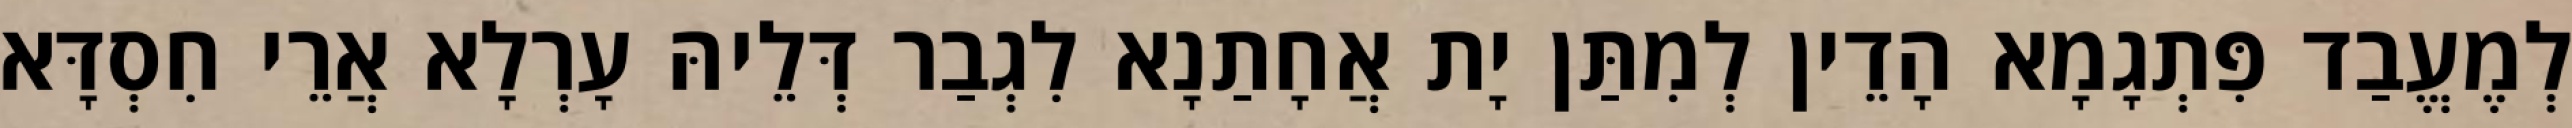
לְמֶעֱבַד פִּתְגָמָא הָדֵין לְמִתַּן יָת אֲחָתַנָא לִגְבַר דְּלֵיהּ עָרְלָא אֲרֵי חִסְדָּא